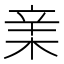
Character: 𣓀